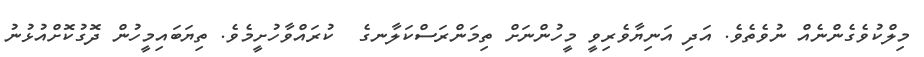
މިލްކުވެގެންނެއް ނުވެތެވެ. އަދި އަނިޔާވެރިވީ މީހުންނަށް ތިމަންރަސްކަލާނގެ  ކުރައްވާހުށީމެވެ. ތިޔަބައިމީހުން ދޮގުކޮށްއުޅުނު